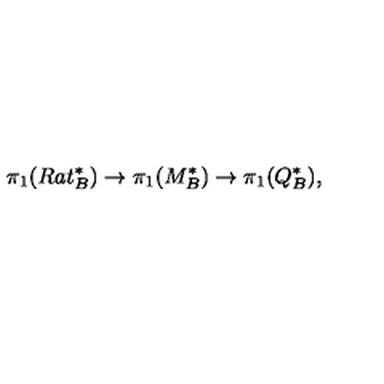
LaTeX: \pi _ { 1 } ( R a t _ { B } ^ { * } ) \to \pi _ { 1 } ( M _ { B } ^ { * } ) \to \pi _ { 1 } ( Q _ { B } ^ { * } ) ,